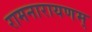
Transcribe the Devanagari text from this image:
रामनारायणम्